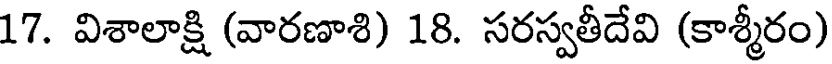
17. విశాలాక్షి (వారణాశి) 18. సరస్వతీదేవి (కాశ్మీరం)